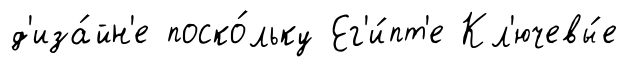
д'иза́йн'е поско́льку Ег'и́пт'е Кл'ючевы́е